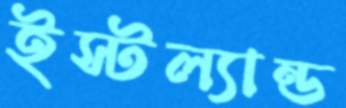
ইস্টল্যান্ড